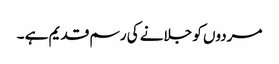
مردوں کو جلانے کی رسم قدیم ہے ۔